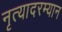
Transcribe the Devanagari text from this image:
नृत्यादरम्यान